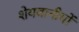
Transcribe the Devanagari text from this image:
शेयबानीयों